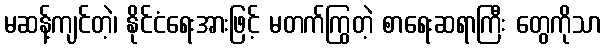
မဆန့်ကျင်တဲ့၊ နိုင်ငံရေးအားဖြင့် မတက်ကြွတဲ့ စာရေးဆရာကြီး တွေကိုသာ